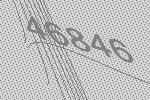
46846